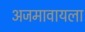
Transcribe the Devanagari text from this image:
अजमावायला